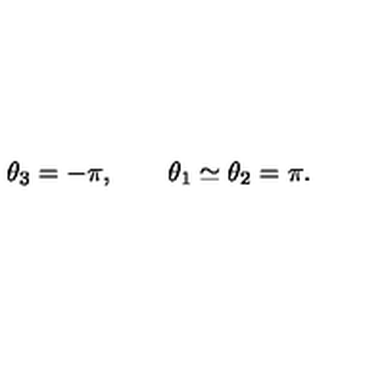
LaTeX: \theta _ { 3 } = - \pi , \qquad \theta _ { 1 } \simeq \theta _ { 2 } = \pi .